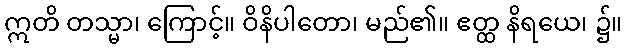
ဣတိ တသ္မာ၊ ကြောင့်။ ဝိနိပါတော၊ မည်၏။ ဧတ္ထ နိရယေ၊ ၌။